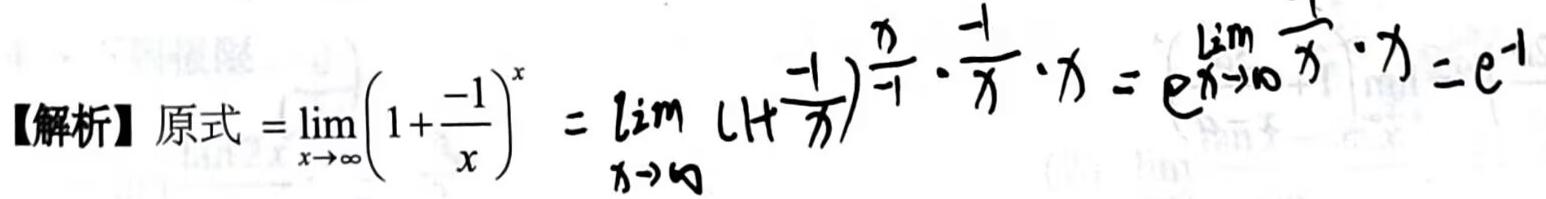
【解析】原式$=\lim_{x \to \infty} \left(1 + \frac{-1}{x}\right)^{x} = \lim_{x \to \infty} \left(1 + \frac{-1}{x}\right)^{\frac{x}{-1} \cdot \frac{-1}{x} \cdot x} = e^{\lim_{x \to \infty} \frac{1}{x} \cdot x} = e^{-1}$